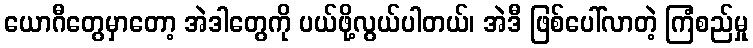
ယောဂီတွေမှာတော့ အဲဒါတွေကို ပယ်ဖို့လွယ်ပါတယ်၊ အဲဒီ ဖြစ်ပေါ်လာတဲ့ ကြံစည်မှု